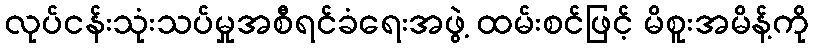
လုပ်ငန်းသုံးသပ်မှုအစီရင်ခံရေးအဖွဲ့ ထမ်းစင်ဖြင့် မိစူးအမိန့်ကို